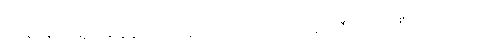
တိမ်းစောင်းမှုတစ်ခုခုဖြစ်တာနဲ့ တိုင်းပြည်ပေါ်မှာရော၊ ဒီမိုကရေစီကိုလိုလားတဲ့